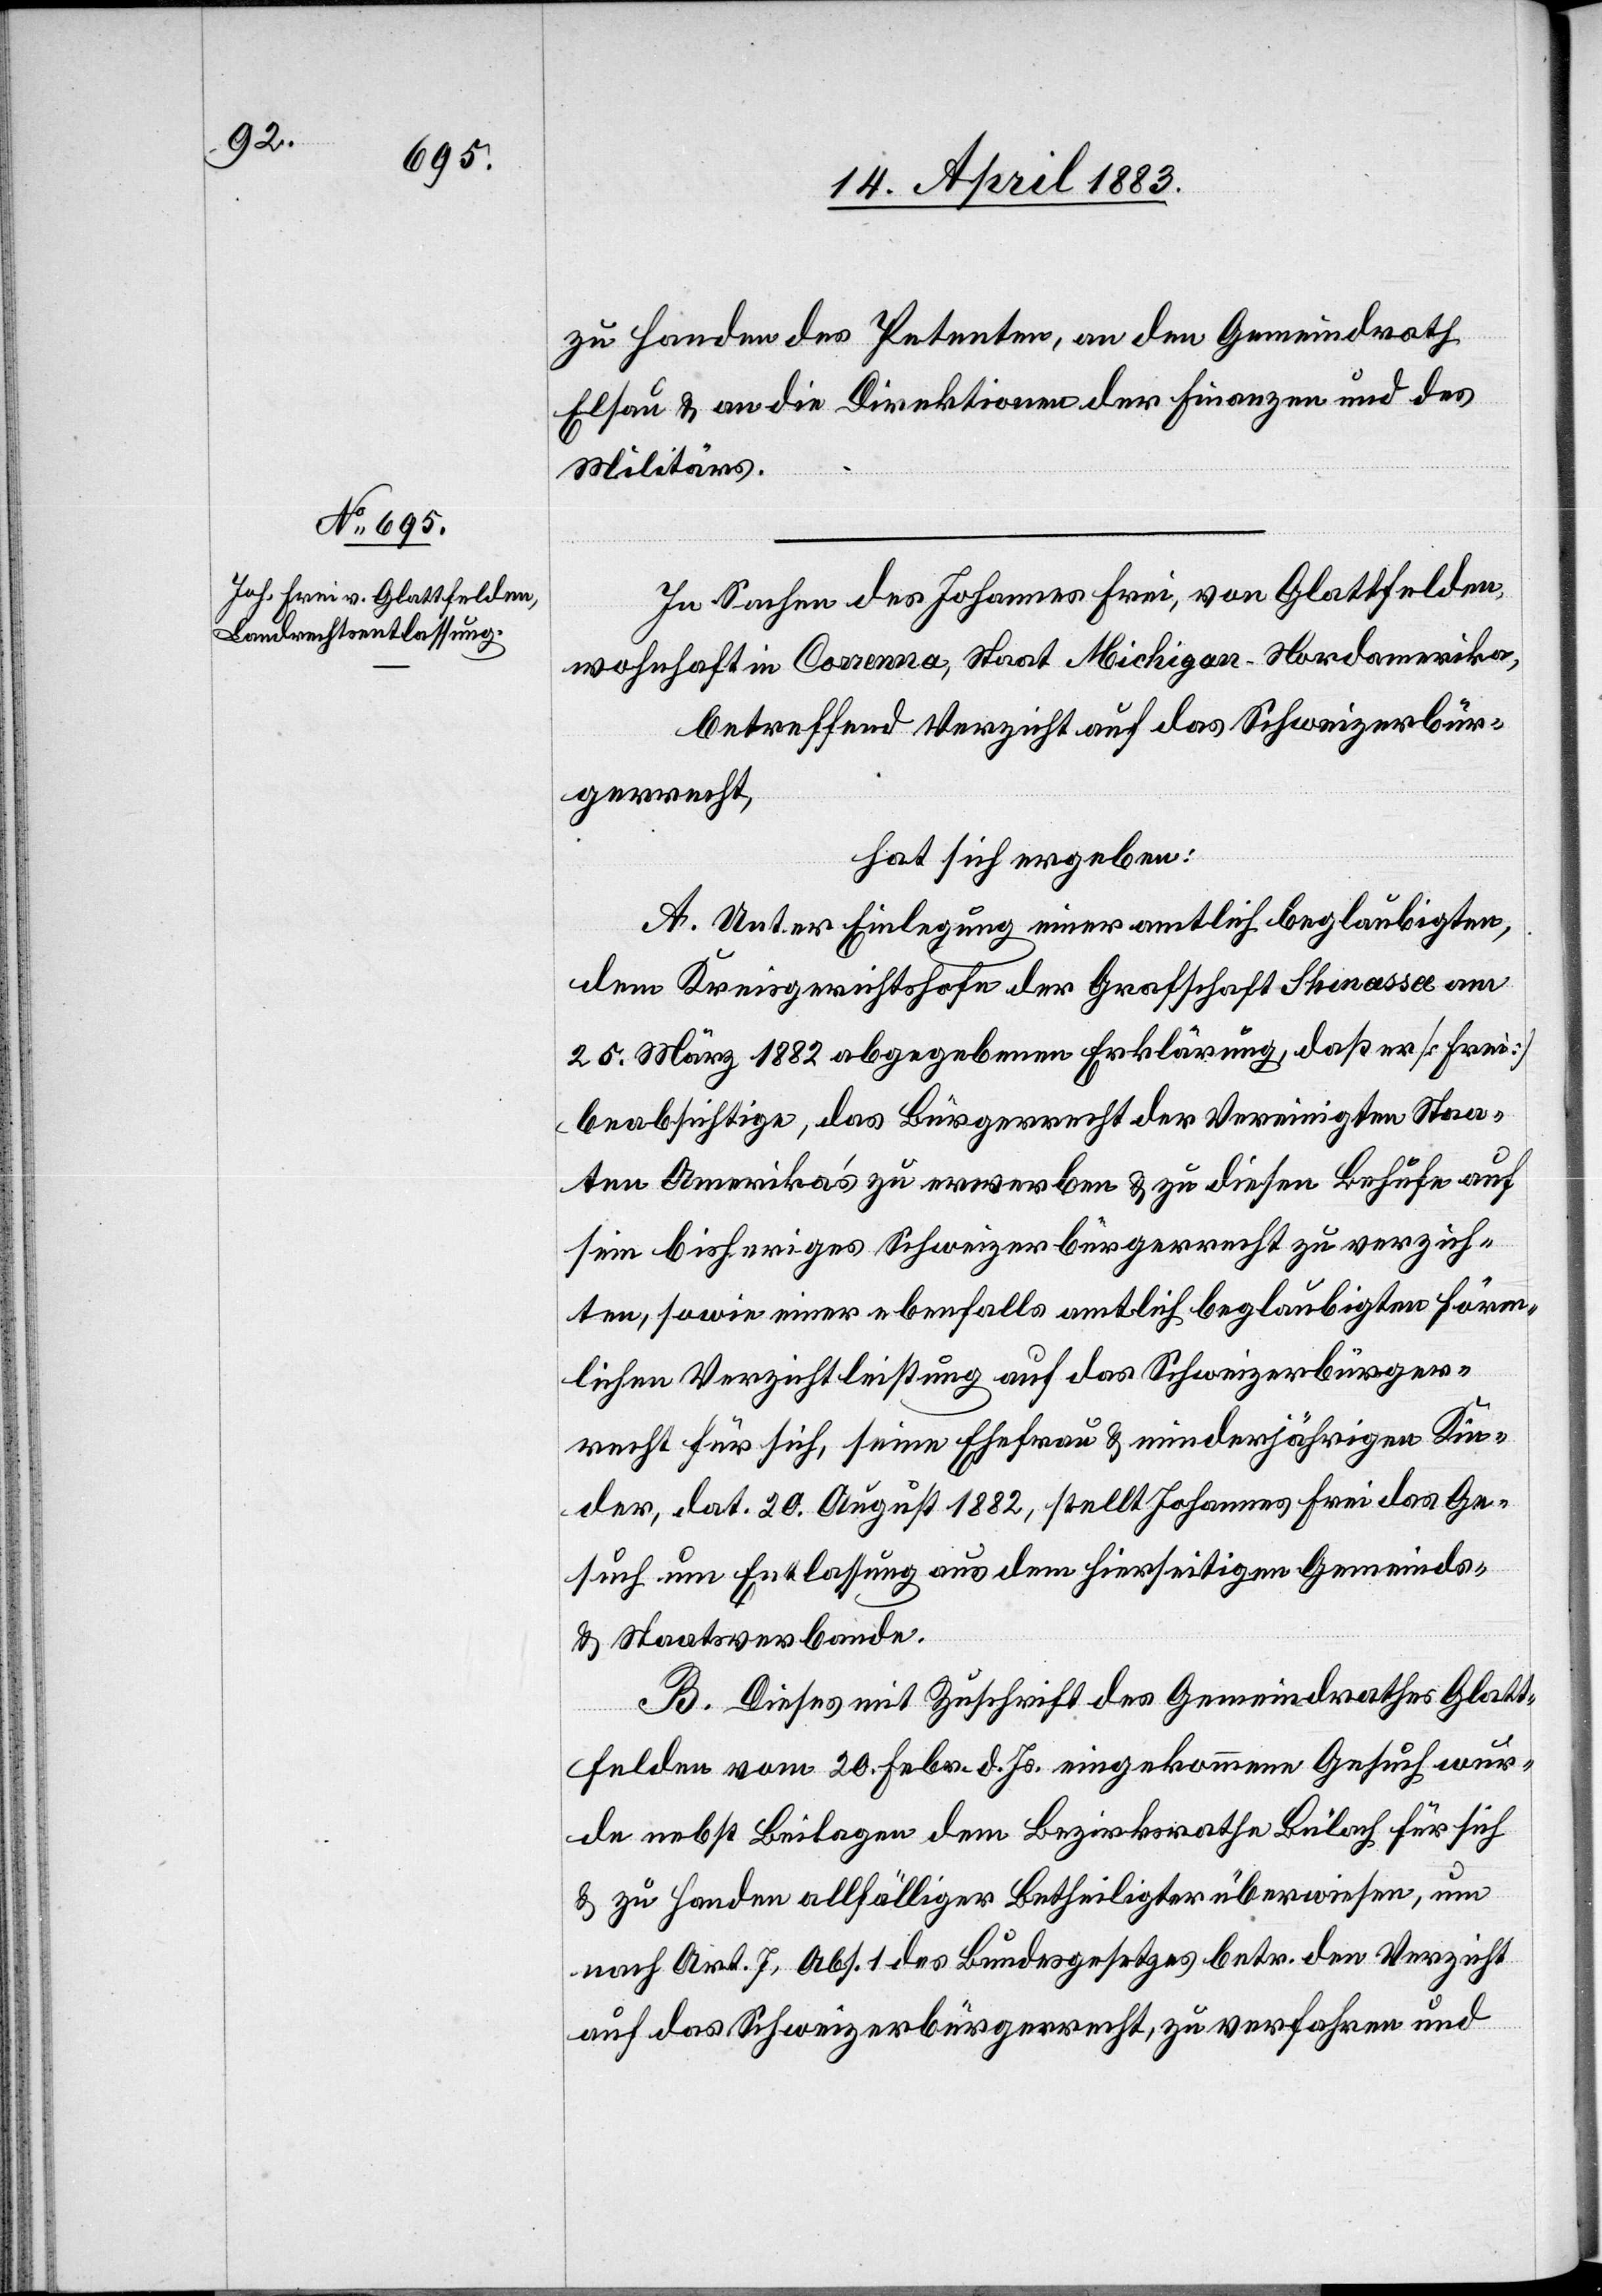
zu Handen des Petenten, an den Gemeindrath
Elsau & an die Direktionen der Finanzen und des
Militärs.
In Sachen des Johannes Frei, von Glattfelden,
wohnhaft in Coronna, Staat Michigan – Nordamerika,
betreffend Verzicht auf das Schweizerbür¬
gerrecht,
hat sich ergeben:
A. Unter Einlegung einer amtlich beglaubigten,
dem Kreisgerichtshofe der Grafschaft Shinassee am
25. März 1882 abgegebene Erklärung, daß er [Frei]
beabsichtige, das Bürgerrecht der Vereinigten Staa¬
ten Amerika’s zu erwerben & zu diesen Behufe auf
sein bisheriges Schweizerbürgerrecht zu verzich¬
ten, sowie einer ebenfalls amtlich beglaubigten förm¬
lichen Verzichtleistung auf das Schweizerbürger¬
recht für sich, seine Ehefrau & minderjährigen Kin¬
der, dat. 20. August 1882, stellt Johannes Frei das Ge¬
such um Entlassung aus dem hierseitigen Gemeinds-
& Staatsverbande.
B. Dieses mit Zuschrift des Gemeindrathes Glatt¬
felden vom 20. Febr. d. Js. eingekommene Gesuche wur¬
de nebst Beilagen dem Bezirksrath Bülach für sich
& zu Handen allfälliger Betheiligter überwiesen, um
nach Art. 7, Abs. 1 des Bundesgesetzes betr. den Verzicht
auf das Schweizerbürgerrecht, zu verfahren und